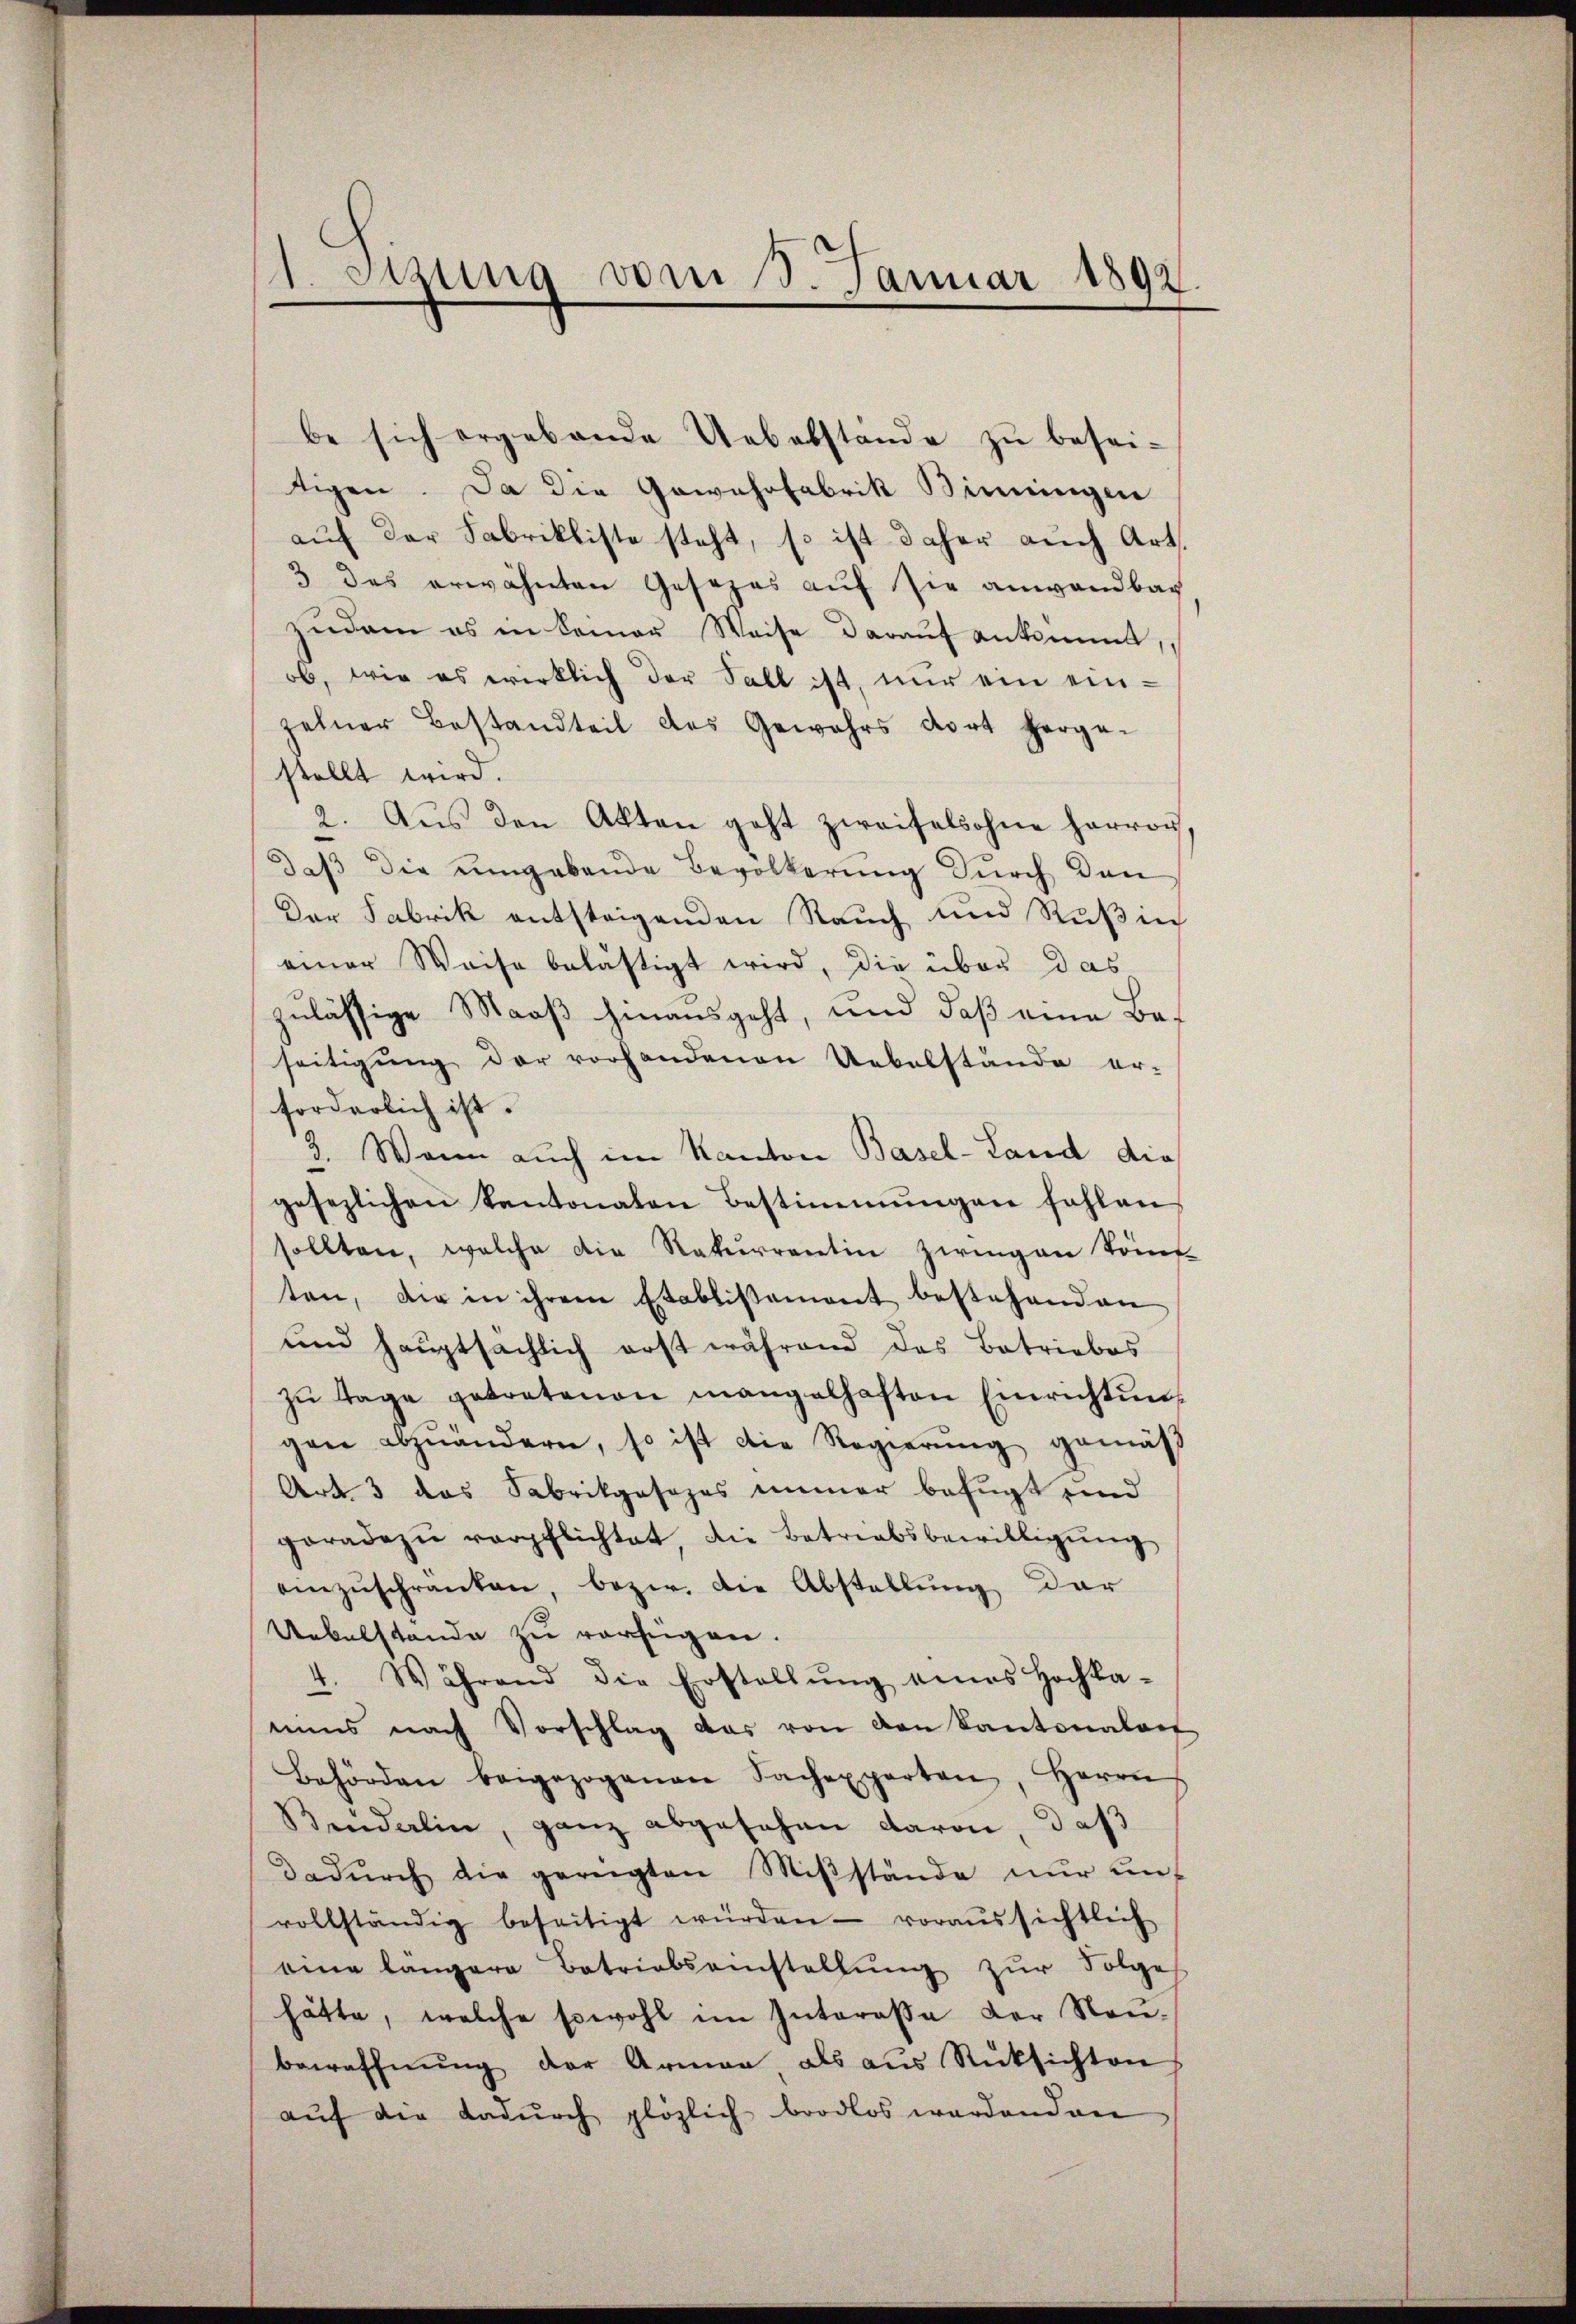
1. Sitzung vom 8. Januar 1892

be sich ergebende Uebelstände zu besei-
tigen. Da die Gewahrfabrik Bimungen
auf der Fabrikliste steht, so ist daher auch Art.
3 des erwähnten Gesezes auf sie anwandbar
zŭdam es in keiner Weise darauf ankommt,
ob, wie es wirklich der Fall ist, nur ein einzelner Bestandteil des Gewahrs dort herge-
stellt wird.
2. Aŭs den Akten geht zweifelsohne hervon
daβ die umgabende Bevölkerung durch den
Der Fabrik entsteigenden Rauch und Ruß in
einer Weise belästigt wird, die über das
zulässige Maaß hinausgeht, und daß eine Bat
seitigung der vorhandenen Uebelstände er-
forderlich ist.
3. Wenn auch im Kanton Basel-Land die
gesezlichen Kantonaten Bestimmungen fahlen
sollten, welche die Rekurrentin zwingen könf
ten, die in ihrem Etablissement bestehenden
und hauptsächlich erst während das Betriebes
zŭ Tage getretenen mangelhaften Einrichtŭng
gen abzuändern, so ist die Regierŭng gemäβ
Art. 3 das Sabrikgesezes immer befugt und
geradezu verpflichtet, die Betriebsbewilligŭng
einzŭschränken, bezw. die Abstellŭng der
Uebelstande zu verfügen.
4. Während die Erstellŭng eines Hochka-
nins nach Vorschlag das von den Kantonalen
Behörden beigezogenen Sachexperten, Herrn
Bendarlin, ganz abgesehen davon, daß
dadŭrch die geregten Miβstände nŭr ŭnt
vollständig beseitigt würden - voraussichtlich
eine langere Betriebseinstellŭng zŭr Folge
hätte, welche sowohl im Interasse der Neu-
bewaffnŭng der Armen, als aus Rüksichten
aŭf die dadŭrch plözlich brodlos werdenden